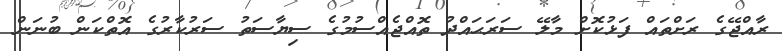
ރާއްޖޭގެ ރަށްތައް ފަޅުކޮށް މާލޭ ސަރަޙައްދު ތޮއްޖެއްސުމުގެ ސިޔާސަތު ސަރުކާރުގެ އޮތްކަން ބުނަން